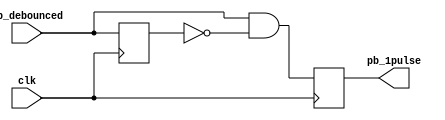
module onepulse(pb_debounced, clk, pb_1pulse);	
	input pb_debounced;	
	input clk;	
	output pb_1pulse;	

	reg pb_1pulse;	
	reg pb_debounced_delay;	

	always@(posedge clk) begin
		pb_1pulse <= pb_debounced & (! pb_debounced_delay);
		pb_debounced_delay <= pb_debounced;
	end	
endmodule